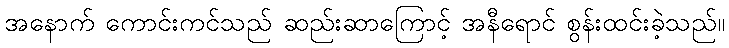
အနောက် ကောင်းကင်သည် ဆည်းဆာကြောင့် အနီရောင် စွန်းထင်းခဲ့သည်။